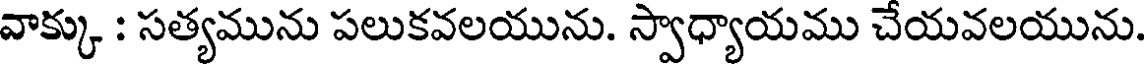
వాక్కు : సత్యమును పలుకవలయును. స్వాధ్యాయము చేయవలయును.